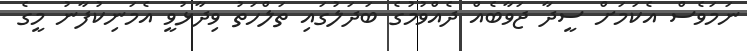
ނަމަވެސް އެކަމަށް ސީދާ ޖަވާބެއް ދެއްވުމުގެ ބަދަލުގައި ތަލްހަތު ވިދާޅުވީ އެމަނިކުފާނު މީގެ